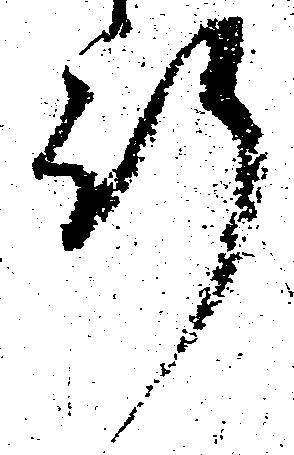
行